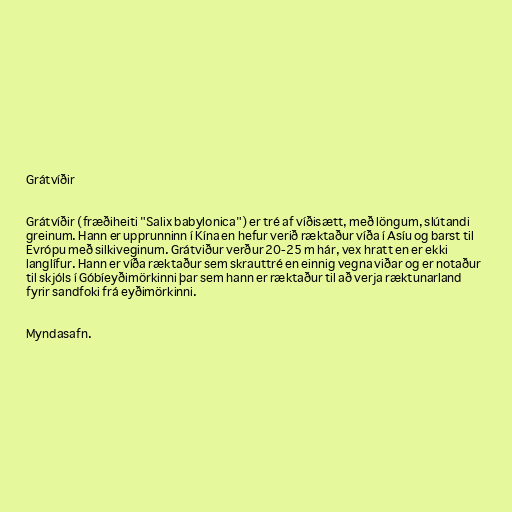
Grátvíðir

Grátvíðir (fræðiheiti "Salix babylonica") er tré af víðisætt, með löngum, slútandi
greinum. Hann er upprunninn í Kína en hefur verið ræktaður víða í Asíu og barst til
Evrópu með silkiveginum. Grátviður verður 20-25 m hár, vex hratt en er ekki
langlífur. Hann er víða ræktaður sem skrauttré en einnig vegna viðar og er notaður
til skjóls í Góbíeyðimörkinni þar sem hann er ræktaður til að verja ræktunarland
fyrir sandfoki frá eyðimörkinni.

Myndasafn.